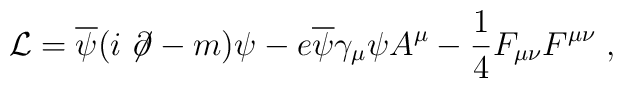
{\cal L} = \overline{\psi} \bigl( i \not{{\hskip-.08cm}\partial} -m\bigr) \psi - e \overline{\psi} \gamma_\mu \psi A^\mu - {1 \over 4}F_{\mu \nu} F^{\mu \nu} \;,